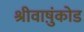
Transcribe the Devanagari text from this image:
श्रीवाष़ुंकोड